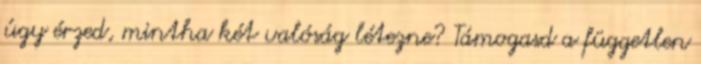
úgy érzed, mintha két valóság létezne? Támogasd a független